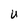
Character: u